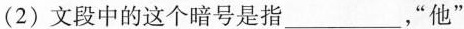
(2)文段中的这个暗号是指___，”他”